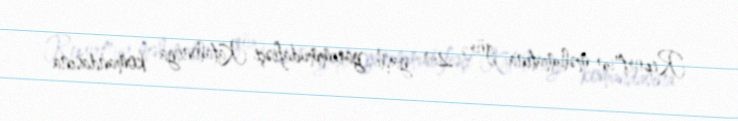
Report"un məlumatına görə, 29 yaşlı yarımmüdafiəçi Kataloniya komandasına